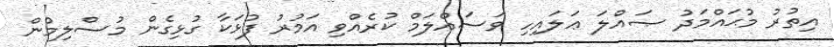
އިތުރު މުޙައްމަދު ޞައްލަ ޢަލައިހި ވަސައްލަމް ކުރެއްވި އަމުރު ފުޅަކާ ގުޅިގެން މުސްލިމުން